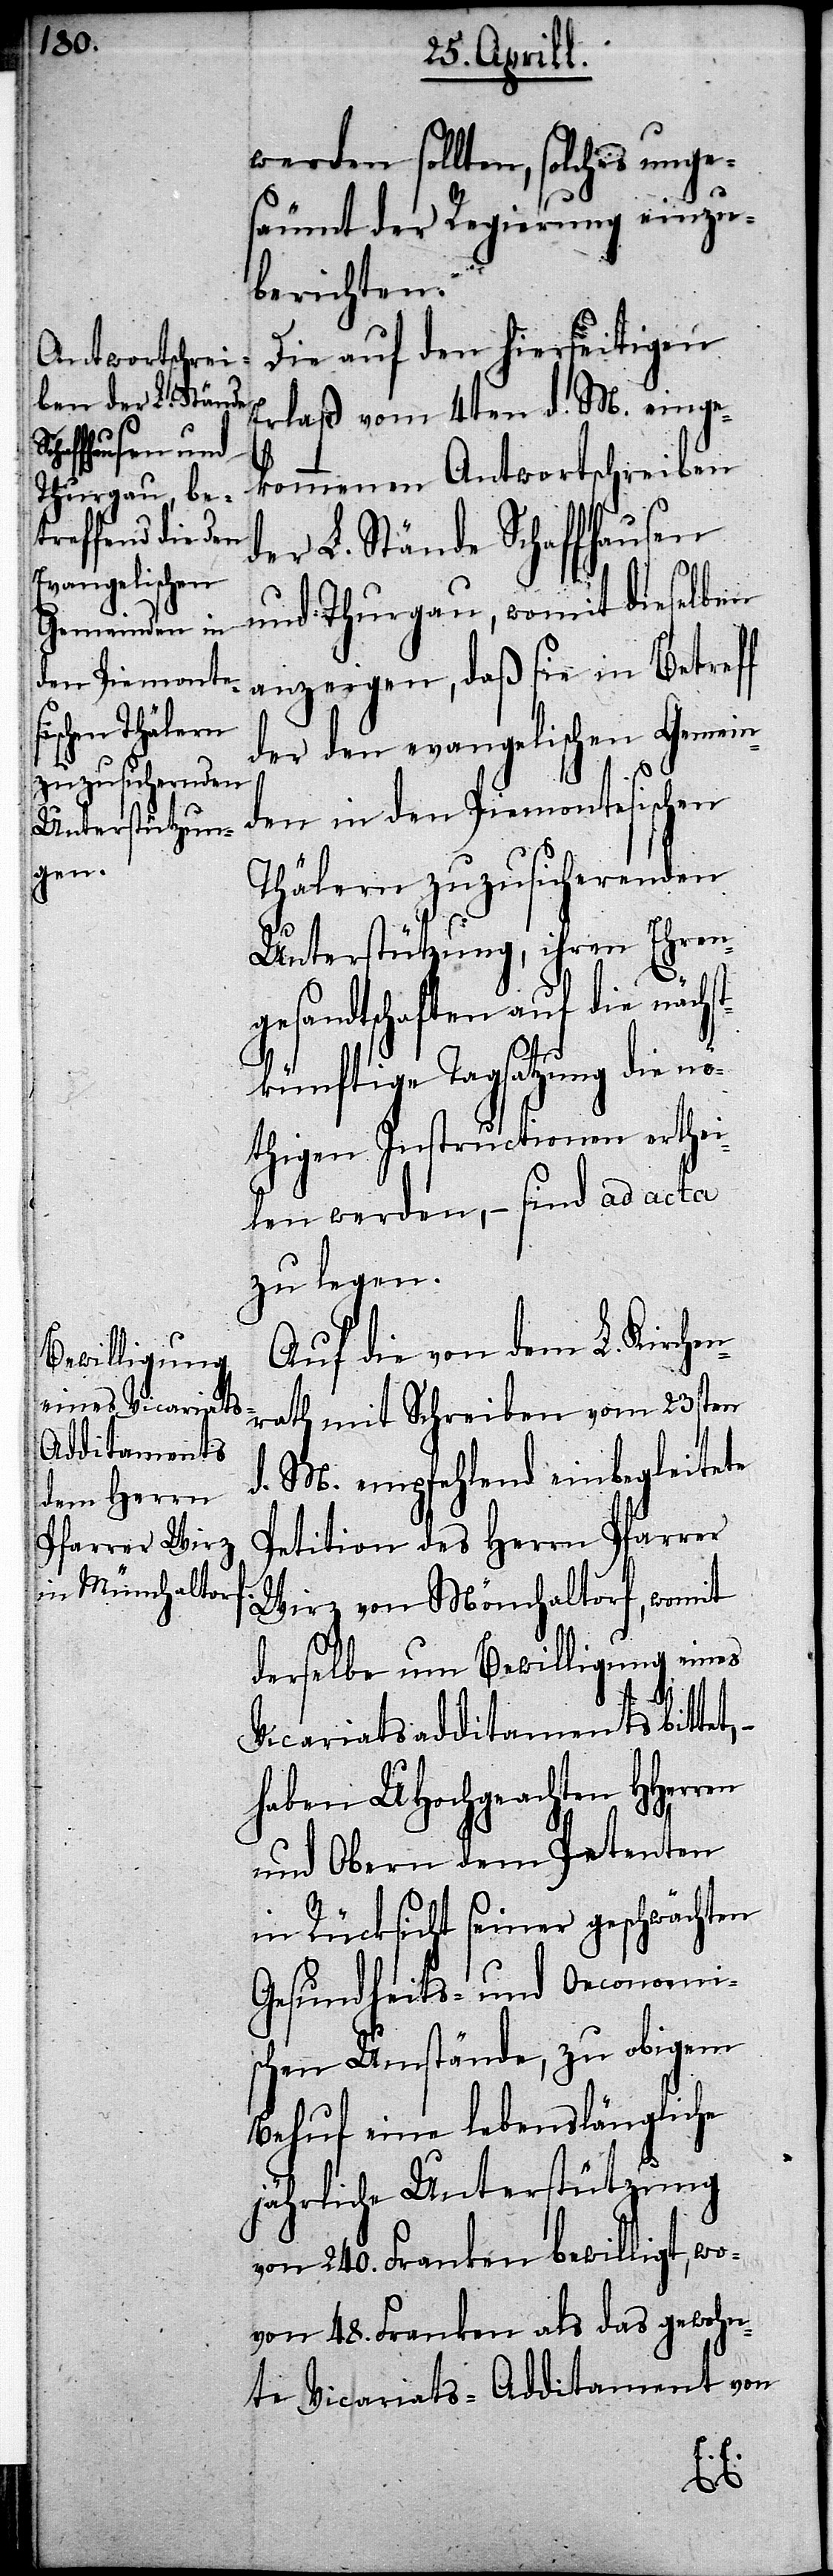
werden sollten, solches unge¬
säumt der Regierung einzu¬
berichten.
Die auf den hierseitigen
Erlaß vom 4ten d. M. einge¬
kommenen Antwortschreiben
der L. Stände Schaffhausen
und Thurgau, womit dieselben
anzeigen, daß sie in Betreff
der den evangelischen Gemein¬
den in den Piemontesischen
Thälern zuzusichernden
Unterstützung, ihren Ehren¬
gesandtschaften auf die nächs¬
ten
künftige Tagsatzung die nö¬
thigen Instructionen erthei¬
len werden,– sind ad acta
zu legen.
Auf die von dem L. Kirche¬
d. M. empfehlend einbegleitete
Petition des Herrn Pfarrer
Wirz von Mönchaltorf, womit
derselbe um Bewilligung eines
Vicariatsadditaments bittet,–
haben UHochgeachten HHerren
und Obern dem Petenten
in Rücksicht seiner geschwächten
Gesundheits- und oeconomi¬
schen Umstände, zu obigem
Behuf eine lebenslängliche
jährliche Unterstützung
von 240. Franken bewilligt, wo¬
von 48. Franken als das gewohn¬
te Vicariats-Additament von
23s¬